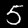
Digit: 5